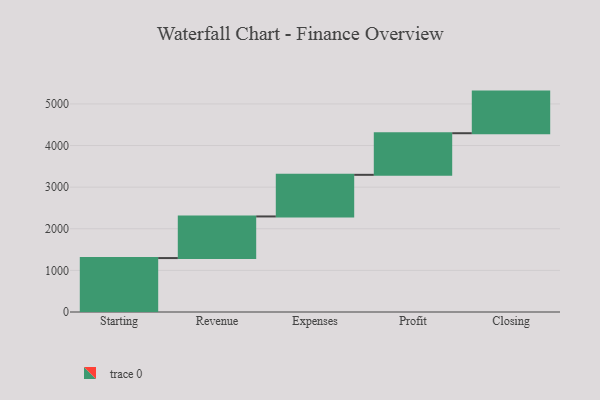
{"axis": {"x": "Step", "y": "Value"}, "legend": [""], "data": [{"x": "Starting", "y": 1296.0, "type": ""}, {"x": "Revenue", "y": 1000, "type": ""}, {"x": "Expenses", "y": 1000, "type": ""}, {"x": "Profit", "y": 1000, "type": ""}, {"x": "Closing", "y": 1000, "type": ""}]}